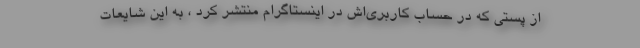
از پستی که در حساب کاربری‌اش در اینستاگرام منتشر کرد ، به این شایعات